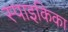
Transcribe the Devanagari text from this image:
स्पाइकिका